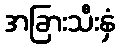
အခြားသီးနှံ